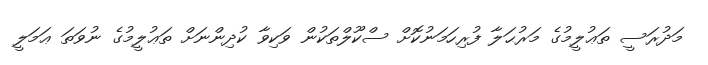
މަދުރަސީ ތަޢުލީމުގެ މަރުޙަލާ ފުރިހަމަނުކޮށް ސްކޫލްތަކުން ވަކިވާ ކުދިންނަށް ތަޢުލީމުގެ ނުވަތަ ޢަމަލީ